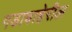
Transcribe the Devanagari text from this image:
गडाबाहेरील